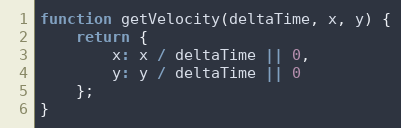
Language: JavaScript
function getVelocity(deltaTime, x, y) {
    return {
        x: x / deltaTime || 0,
        y: y / deltaTime || 0
    };
}